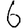
Digit: 6